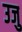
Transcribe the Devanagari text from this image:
उजु